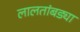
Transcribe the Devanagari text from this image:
लालतांबड्या